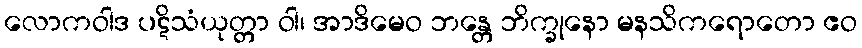
လောကဝါဒ ပဋိသံယုတ္တာ ဝါ၊ အာဒိမေဝ ဘန္တေ ဘိက္ခုနော မနသိကရောတော ဧဝ